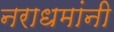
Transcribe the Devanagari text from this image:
नराधमांनी